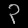
Digit: ၃